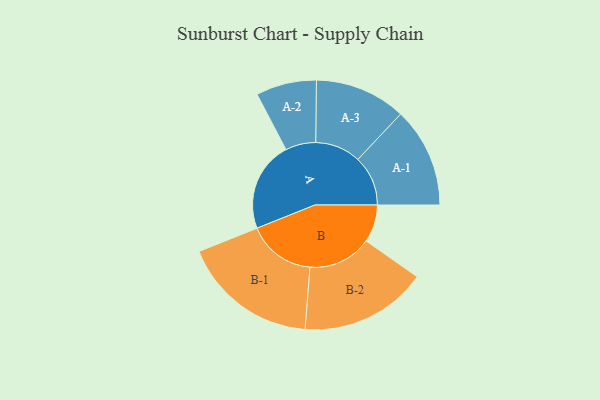
{"axis": {"x": "Segment", "y": "Value"}, "legend": ["", "A", "B"], "data": [{"x": "A", "y": 324, "type": ""}, {"x": "B", "y": 135, "type": ""}, {"x": "A-1", "y": 180, "type": "A"}, {"x": "A-2", "y": 109, "type": "A"}, {"x": "A-3", "y": 164, "type": "A"}, {"x": "B-1", "y": 245, "type": "B"}, {"x": "B-2", "y": 229, "type": "B"}]}